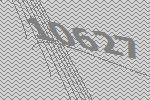
10627